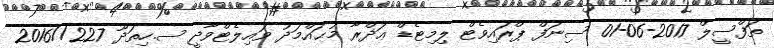
ތަފްސީލް 2017-06-01 ސިނަފް ޕްރައިވެޓް ލިމިޓެޑް ޢަޛްރާ މުޙައްމަދު ވައިލެޓްވާދީ ސ.ހިތަދޫ 227//2016